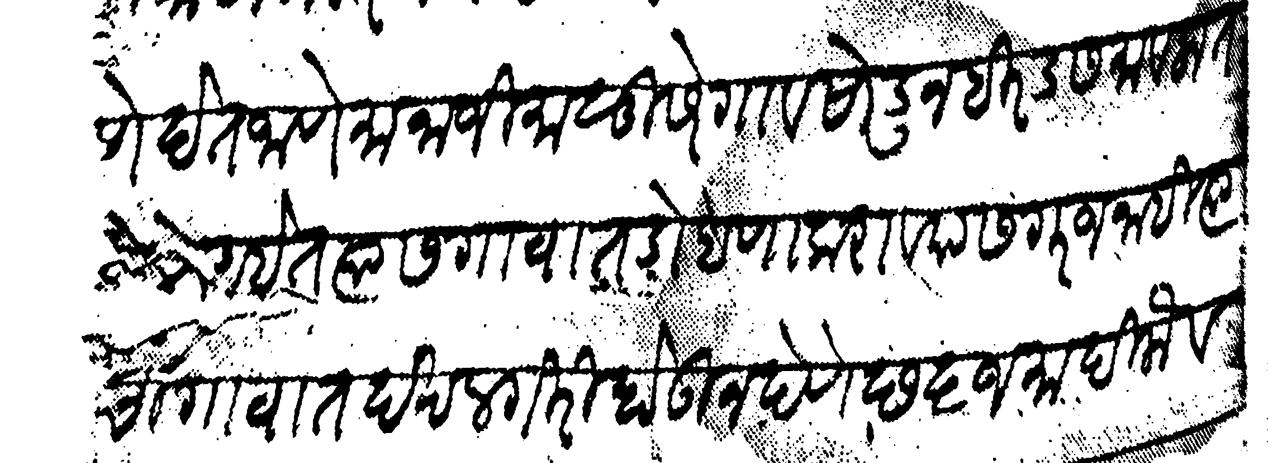
Transliteration (Devanagari): प्रमाणे देत जाणे मानाजी मालुसरे गाव सोडून हिरडस मावलात आहेत त्यास गावात डोहणा करावयास गरज नाही त्याची गावात दखलगिरी होऊ न देणे छ ६ जमादिलावल